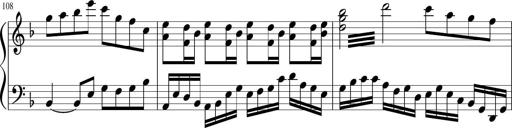
Title: Sonatina in F major
Composer: Ethan Ngo
Key: F major